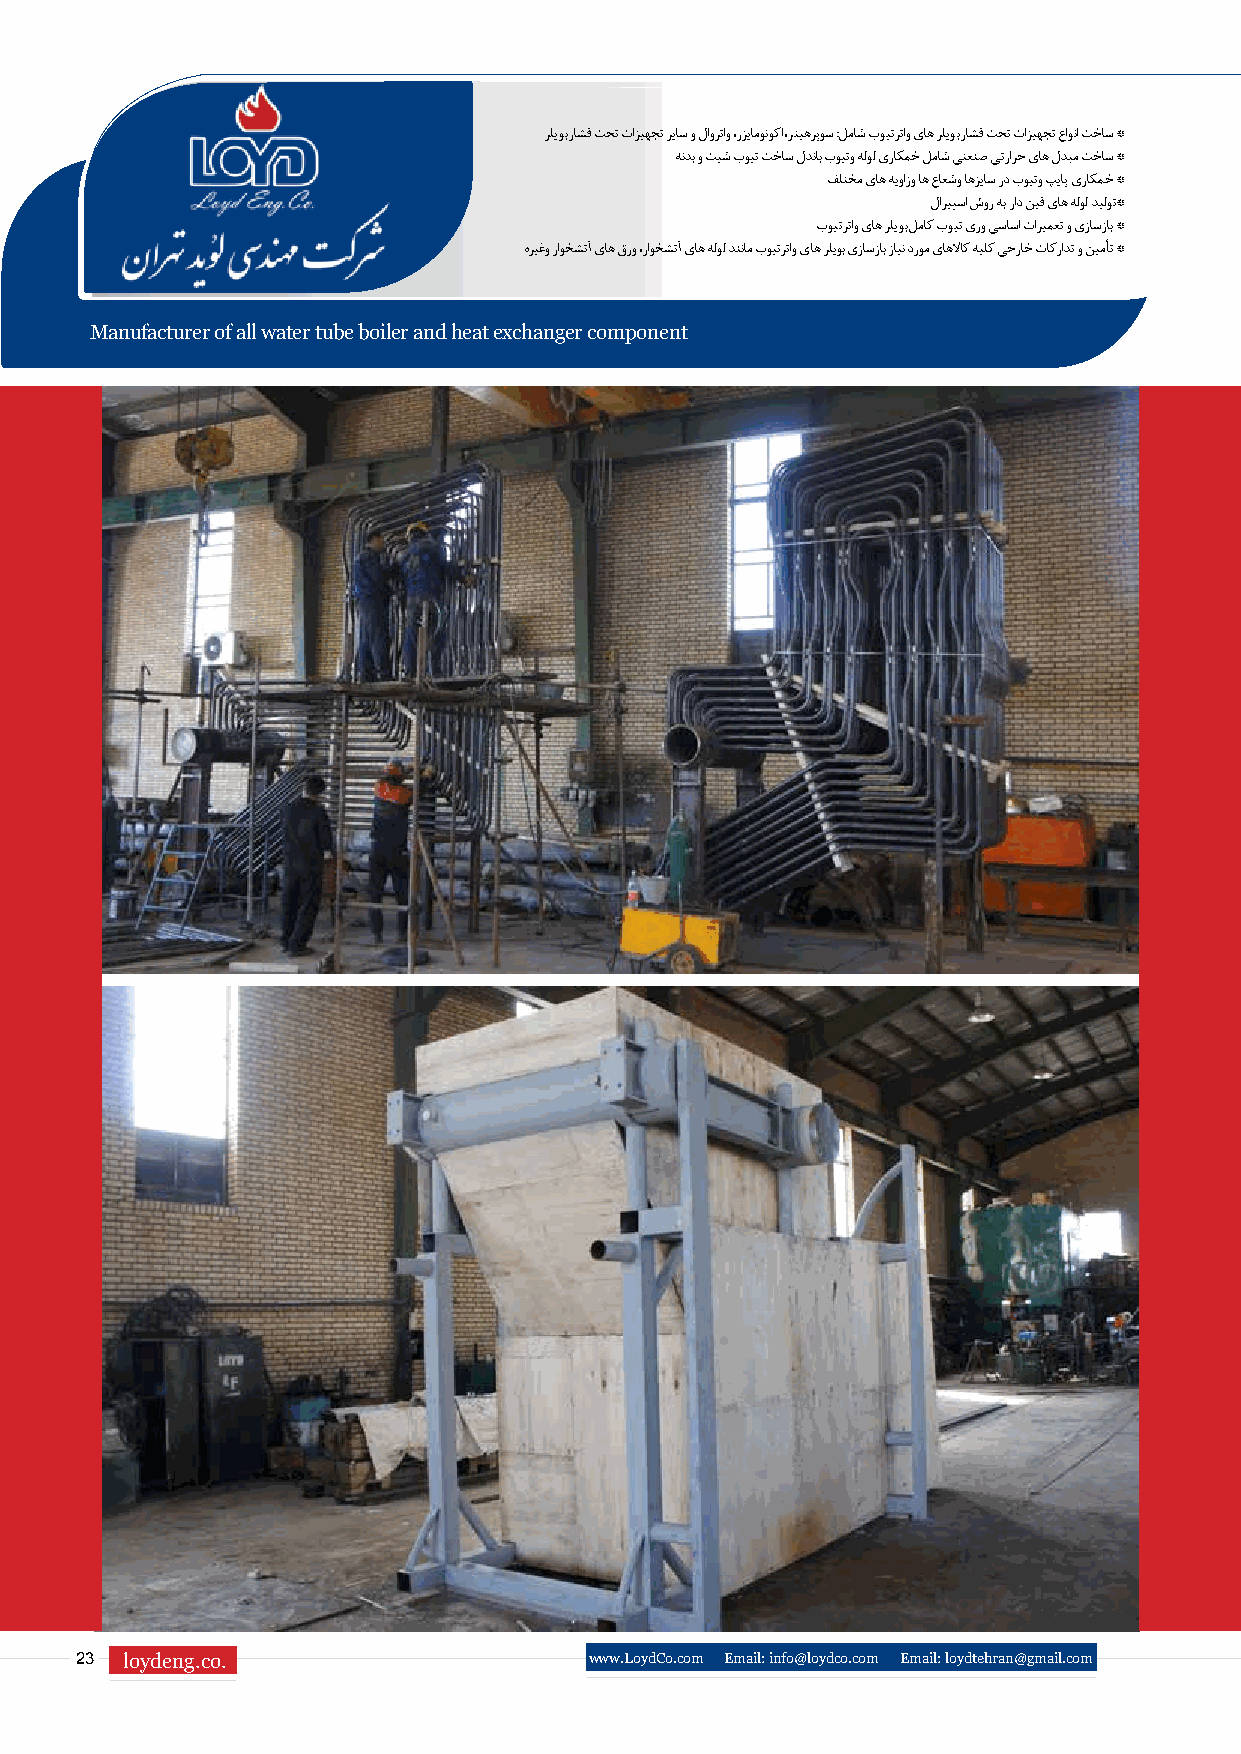
رلیوب راشف تحت تازیهجت ریاس و لاورتاو ،رزیامونوکا ،رتیهرپوس :لماش بویترتاو یاه رلیوب راشف تحت تازیهجت عاونا تخاس *
 هندب و تیش بویت تخاس لدناب بویتو هلول یراکمخ لماش یتعنص یترارح یاه لدبم تخاس *
 فلتخم یاه هیوازو اه عاعشو اهزیاس رد بویتو پیاپ یراکمخ *
 لاریپسا شور هب راد نیف یاه هلول دیلوت*
 بویترتاو یاه رلیوب لماک بویت یرو یساسا تاریمعت و یزاسزاب *
 هریغو راوخشتآ یاه قرو ،راوخشتآ یاه هلول دننام بویترتاو یاه رلیوب یزاسزاب زاین دروم یاهلااک هیلک یجراخ تاکرادت و نیمأت *
 Manufacturer of all water tube boiler and heat exchanger component
 23 loydeng.co.                    www.LoydCo.com Email: info@loydco.com Email: loydtehran@gmail.com